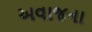
અવાજના